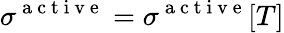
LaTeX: \sigma^{\mathrm{~a~c~t~i~v~e~}}=\sigma^{\mathrm{~a~c~t~i~v~e~}}[T]